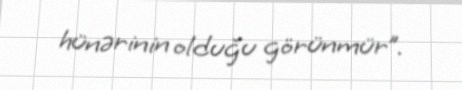
hünərinin olduğu görünmür”.